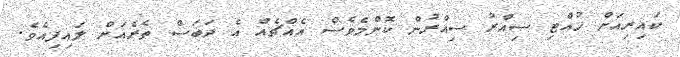
ކައިރިއަށް ހުއްޓި ސިއްރު ސިއްރުން ކޮންމެވެސް އެއްޗެއް އެ ދަބަސް ތެރެއަށް ލައިފިއެވެ.